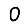
Digit: 0